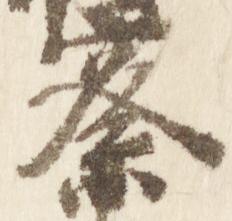
察